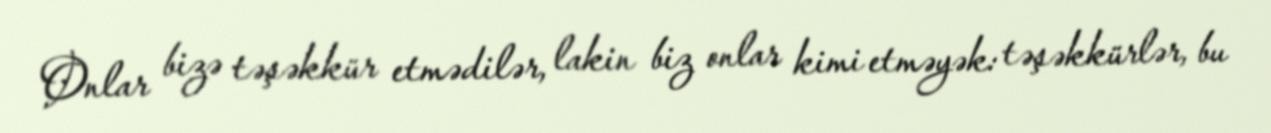
Onlar bizə təşəkkür etmədilər, lakin biz onlar kimi etməyək: təşəkkürlər, bu